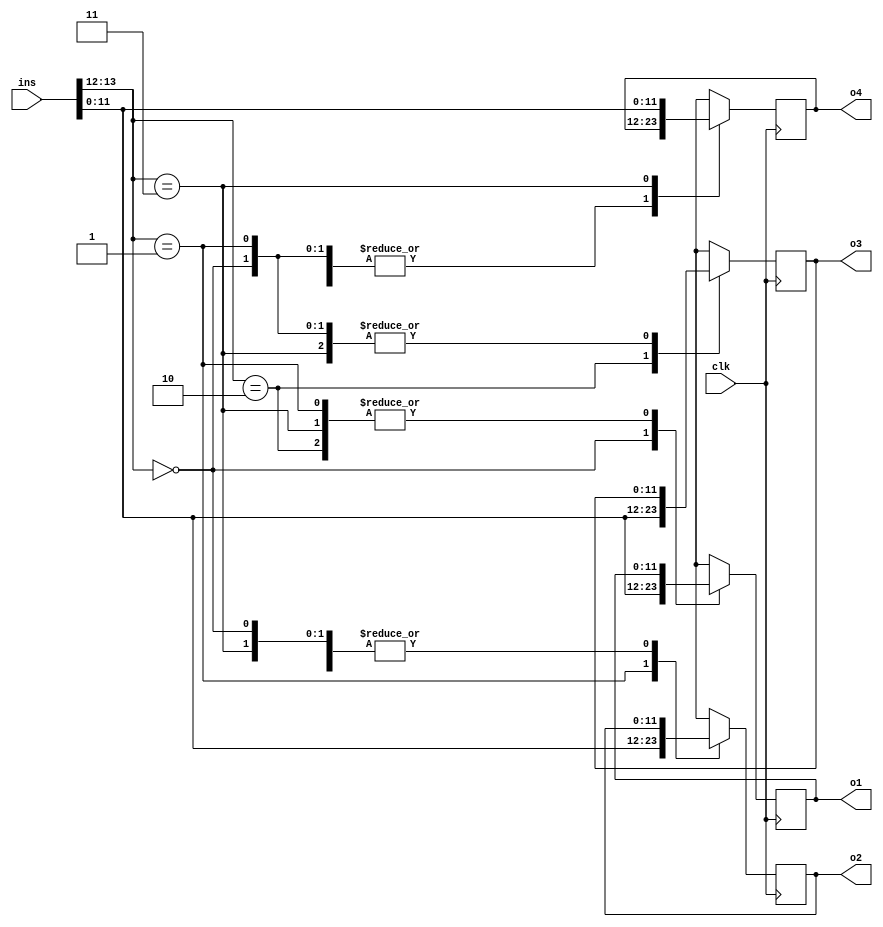

module decoder (clk, ins, o1, o2, o3, o4);

	output reg [11:0] o1, o2, o3, o4;
	input [15:0] ins;
	input clk;

	always @(posedge clk) begin
		case (ins[13:12])
			0: begin
			o1 = ins[11:0];
			o2 = o2;
			o3 = o3;
			o4 = o4;
			end
			1: begin
			o1 = o1;
			o2 = ins[11:0];
			o3 = o3;
			o4 = o4;
			end
			2: begin
			o1 = o1;
			o2 = o2;
			o3 = ins[11:0];
			o4 = o4;
			end
			3: begin
			o1 = o1;
			o2 = o2;
			o3 = o3;
			o4 = ins[11:0];
			end
		default: begin
			o1 = 0;
			o2 = 0;
			o3 = 0;
			o4 = 0; 
		end
		endcase
	end
endmodule